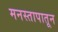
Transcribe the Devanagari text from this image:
मनस्तापातून